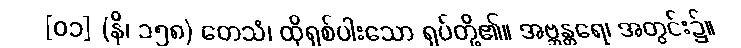
[၀၁] (နိ၊ ၁၅၈) တေသံ၊ ထိုရှစ်ပါးသော ရုပ်တို့၏။ အဗ္ဘန္တရေ၊ အတွင်း၌။